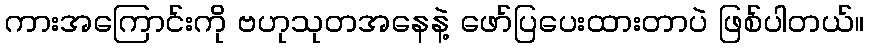
ကားအကြောင်းကို ဗဟုသုတအနေနဲ့ ဖော်ပြပေးထားတာပဲ ဖြစ်ပါတယ်။